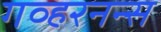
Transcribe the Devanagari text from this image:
गव्हरनन्स